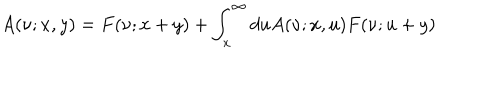
LaTeX: A ( \nu ; x , y ) = F ( \nu ; x + y ) + \int _ { x } ^ { \infty } d u A ( \nu ; x , u ) F ( \nu ; u + y )